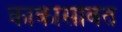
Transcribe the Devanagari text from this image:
काकासोबत